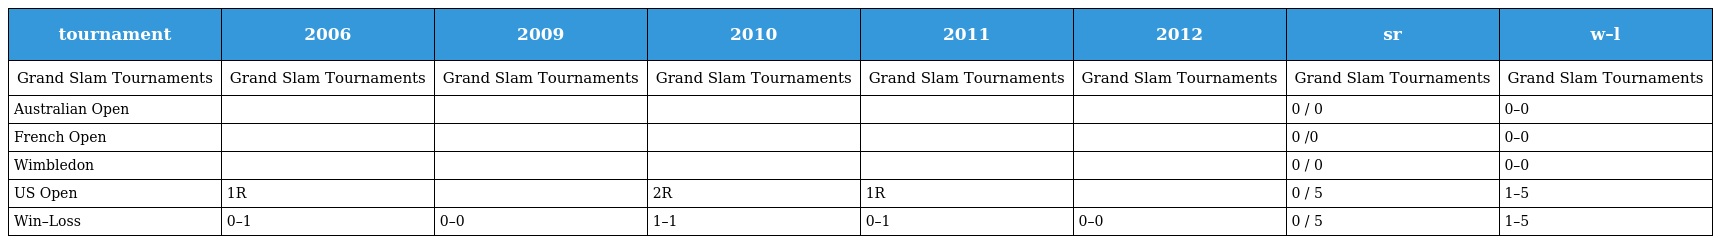
| tournament | 2006 | 2009 | 2010 | 2011 | 2012 | sr | w–l |
 | --- | --- | --- | --- | --- | --- | --- | --- |
 | Grand Slam Tournaments | Grand Slam Tournaments | Grand Slam Tournaments | Grand Slam Tournaments | Grand Slam Tournaments | Grand Slam Tournaments | Grand Slam Tournaments | Grand Slam Tournaments |
 | Australian Open |  |  |  |  |  | 0 / 0 | 0–0 |
 | French Open |  |  |  |  |  | 0 /0 | 0–0 |
 | Wimbledon |  |  |  |  |  | 0 / 0 | 0–0 |
 | US Open | 1R |  | 2R | 1R |  | 0 / 5 | 1–5 |
 | Win–Loss | 0–1 | 0–0 | 1–1 | 0–1 | 0–0 | 0 / 5 | 1–5 |